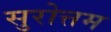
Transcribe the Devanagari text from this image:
सुरोत्तम